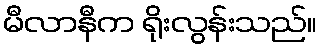
မီလာနီက ရိုးလွန်းသည်။